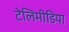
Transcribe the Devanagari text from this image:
टेलिमीडिया